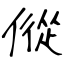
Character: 傱